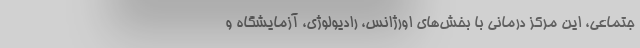
جتماعی، این مرکز درمانی با بخش‌های اورژانس، رادیولوژی، آزمایشگاه و